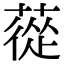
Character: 蓯